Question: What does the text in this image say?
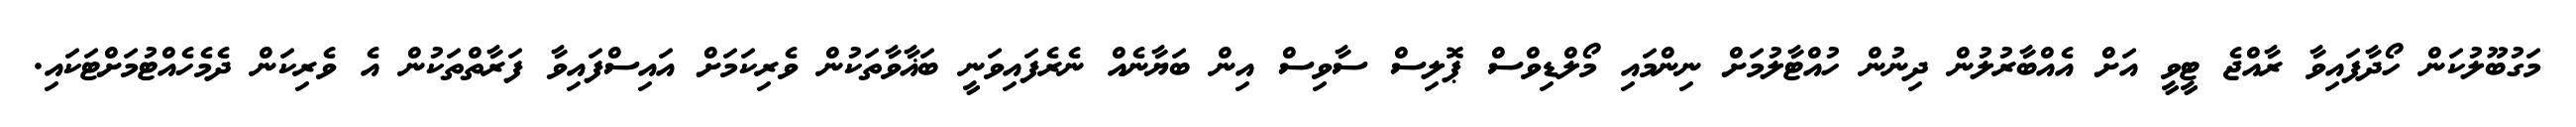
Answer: މަގުބޫލުކަން ހޯދާފައިވާ ރާއްޖެ ޓީވީ އަށް އެއްބާރުލުން ދިނުން ހުއްޓާލުމަށް ނިންމައި މޯލްޑިވްސް ޕޮލިސް ސާވިސް އިން ބަޔާނެއް ނެރެފައިވަނީ ބަޣާވާތަކުން ވެރިކަމަށް އައިސްފައިވާ ފަރާތްތަކުން އެ ވެރިކަން ދެމެހެއްޓުމަށްޓަކައި.